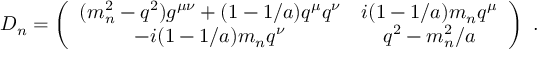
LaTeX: D _ { n } = \left( \begin{array} { c c } { { ( m _ { n } ^ { 2 } - q ^ { 2 } ) g ^ { \mu \nu } + ( 1 - 1 / a ) q ^ { \mu } q ^ { \nu } } } & { { i ( 1 - 1 / a ) m _ { n } q ^ { \mu } } } \\ { { - i ( 1 - 1 / a ) m _ { n } q ^ { \nu } } } & { { q ^ { 2 } - m _ { n } ^ { 2 } / a } } \end{array} \right) ~ .